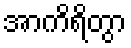
အာကိရိတွာ